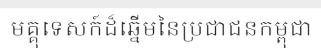
មគ្គុទេសក៍ដ៏ឆ្នើមនៃប្រជាជនកម្ពុជា